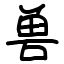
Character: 兽